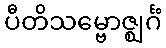
ပီတိသမ္ဗောဇ္ဈင်္ဂံ